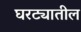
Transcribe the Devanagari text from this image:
घरट्यातील